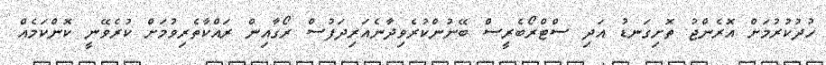
ހުދުކުރުމަށް އޮރެންޖު ތޮށިގަނޑު އަދި ސްޓްރޯބެރީސް ބޭނުންކުރެވިދާނެއަރިދަފުސް ރޯގާއިން ރައްކާތެރިވުމަށް ކުރެވޭނީ ކޮންކަމެއް